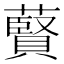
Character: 藖